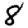
Digit: 8